Indian journal of veterinary science and animal husbandry - Volume 2,
Year: 1932
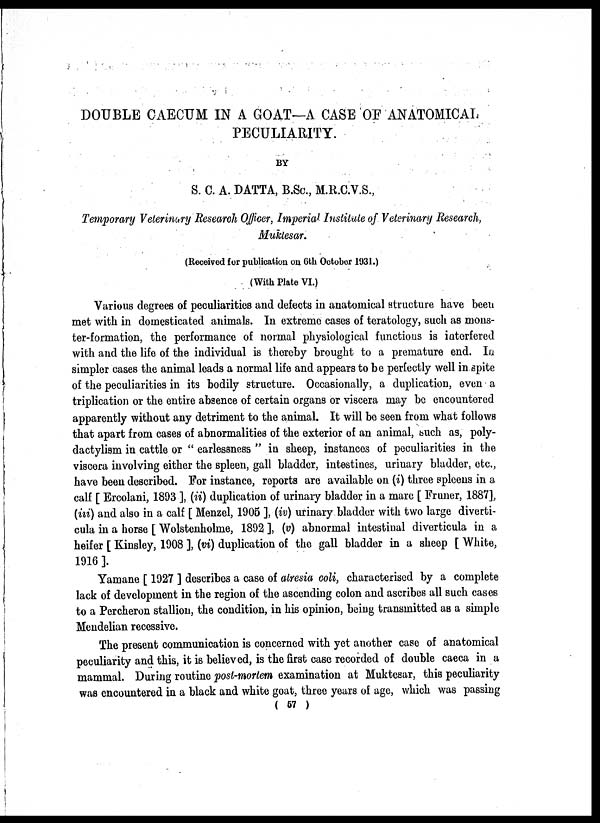
DOUBLE CAECUM IN A GOAT—A CASE OF ANATOMICAL
PECULIARITY.
BY
S. C. A. DATTA, B.Sc., M.R.C.V.S.,
Temporary Veterinary Research Officer, Imperial Institute of Veterinary Research,
Muktesar.
(Received for publication on 6th October 1931.)
(With Plate VI.)
Various degrees of peculiarities and defects in anatomical structure have been
met with in domesticated animals. In extreme cases of teratology, such as mons-
ter-formation, the performance of normal physiological functions is interfered
with and the life of the individual is thereby brought to a premature end. In
simpler cases the animal leads a normal life and appears to be perfectly well in spite
of the peculiarities in its bodily structure. Occasionally, a duplication, even a
triplication or the entire absence of certain organs or viscera may be encountered
apparently without any detriment to the animal. It will be seen from what follows
that apart from cases of abnormalities of the exterior of an animal, such as, poly-
dactylism in cattle or " earlessness " in sheep, instances of peculiarities in the
viscera involving either the spleen, gall bladder, intestines, urinary bladder, etc.,
have been described. For instance, reports are available on (i) three spleens in a
calf [ Ercolani, 1893 ], (ii) duplication of urinary bladder in a mare [ Fruner, 1887],
(iii) and also in a calf [ Menzel, 1905 ], (iv) urinary bladder with two large diverti-
cula in a horse [ Wolstenholme, 1892 ], (v) abnormal intestinal diverticula in a
heifer [ Kinsley, 1908 ], (vi) duplication of the gall bladder in a sheep [ White,
1916 ].
Yamane [ 1927 ] describes a case of atresia coli, characterised by a complete
lack of development in the region of the ascending colon and ascribes all such cases
to a Percheron stallion, the condition, in his opinion, being transmitted as a simple
Mendelian recessive.
The present communication is concerned with yet another case of anatomical
peculiarity and this, it is believed, is the first case recorded of double caeca in a
mammal. During routine post-mortem examination at Muktesar, this peculiarity
was encountered in a black and white goat, three years of age, which was passing
( 57 )